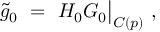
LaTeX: \widetilde g _ { 0 } \ = \ H _ { 0 } G _ { 0 } \big \vert _ { C ( p ) } \ ,